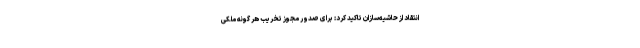
انتقاد از حاشیه‌سازان تاکید کرد: برای صدور مجوز تخریب هر گونه ملکی